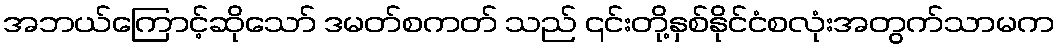
အဘယ်ကြောင့်ဆိုသော် ဒမတ်စကတ် သည် ၎င်းတို့နှစ်နိုင်ငံစလုံးအတွက်သာမက